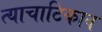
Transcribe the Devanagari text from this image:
त्याचाटिकाव